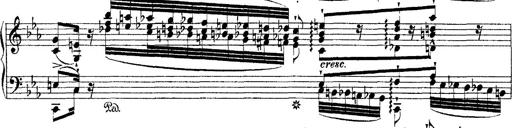
Title: Ã‰tudes d'exÃ©cution transcendante d'aprÃ¨s Paganini
Composer: Franz Liszt